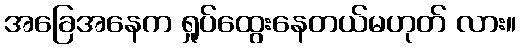
အခြေအနေက ရှုပ်ထွေးနေတယ်မဟုတ် လား။